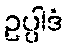
ဥပ္ပါဒံ